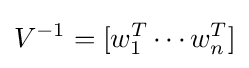
V^{-1}=[w_{1}^{T}\cdots w_{n}^{T}]